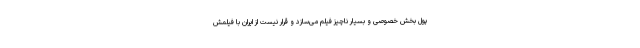
پول بخش خصوصی و بسیار ناچیز فیلم می‌سازد و قرار نیست از ایران با فیلمش